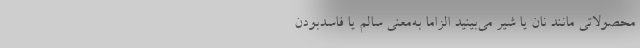
محصولاتی مانند نان یا شیر می‌بینید الزاما به‌معنی سالم یا فاسدبودن